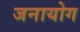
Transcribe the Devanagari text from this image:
जनायोग